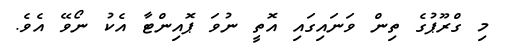
މި ގްރޫޕުގެ ތިން ވަނައިގައި އޮތީ ނުވަ ޕޮއިންޓާ އެކު ނޯވޭ އެވެ.